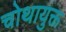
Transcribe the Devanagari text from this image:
चोथायुक्त